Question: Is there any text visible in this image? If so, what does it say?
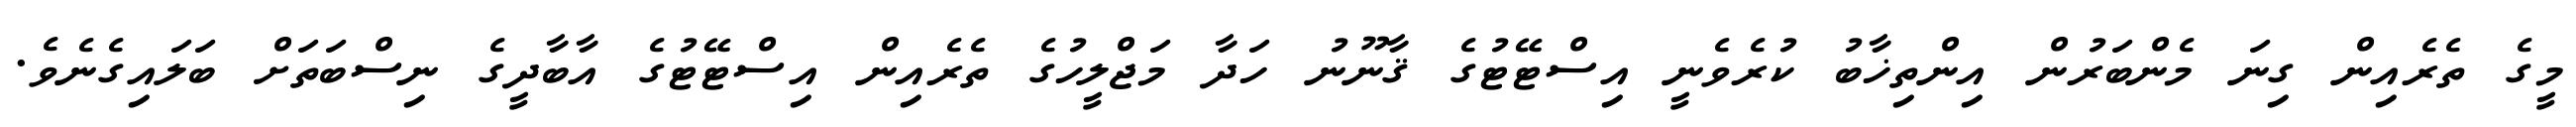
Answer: މީގެ ތެރެއިން ގިނަ މެންބަރުން އިންތިޚާބު ކުރެވެނީ އިސްޓޭޓުގެ ޤާނޫނު ހަދާ މަޖްލީހުގެ ތެރެއިން އިސްޓޭޓުގެ އާބާދީގެ ނިސްބަތަށް ބަލައިގެނެވެ.